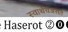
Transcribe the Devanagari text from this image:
स्वार्थचअसते